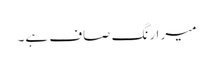
میر ا رنگ صاف ہے۔